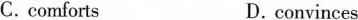
C.comforts D.convinces